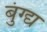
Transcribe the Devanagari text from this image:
बुंग्द्य